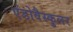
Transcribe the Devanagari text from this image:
एंडोवैस्कुलर